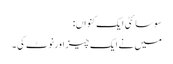
سوسائٹی ایک کنواں:
میں نے ایک چیز اورنوٹ کی ۔